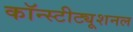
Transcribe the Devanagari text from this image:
कॉन्स्टीट्यूशनल